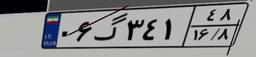
۰۶گ۳۴۱۴۸